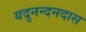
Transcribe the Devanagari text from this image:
यदुनन्दनदास